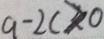
a - 2 c > 0